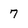
Character: 7